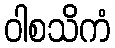
ဝါစသိကံ